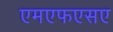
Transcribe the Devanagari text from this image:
एमएफएसए